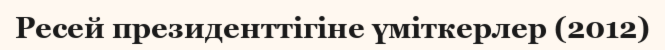
Ресей президенттігіне үміткерлер (2012)